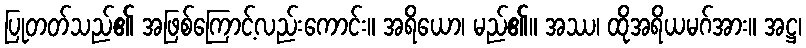
ပြုတတ်သည်၏ အဖြစ်ကြောင့်လည်းကောင်း။ အရိယော၊ မည်၏။ အဿ၊ ထိုအရိယမဂ်အား။ အဋ္ဌ၊